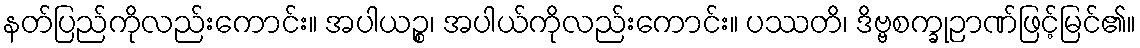
နတ်ပြည်ကိုလည်းကောင်း။ အပါယဉ္စ၊ အပါယ်ကိုလည်းကောင်း။ ပဿတိ၊ ဒိဗ္ဗစက္ခုဉာဏ်ဖြင့်မြင်၏။